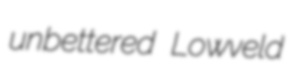
unbettered Lowveld